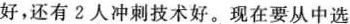
好，还有2人冲刺技术好。现在要从中选